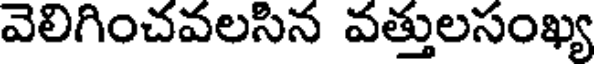
వెలిగించవలసిన వత్తులసంఖ్య